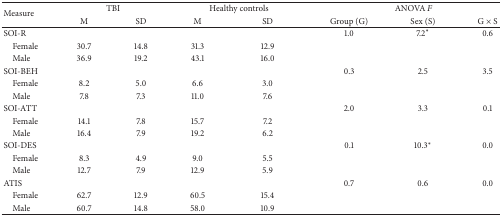
<table><thead><tr><td rowspan="2"><b>Measure</b></td><td colspan="2"><b>TBI</b></td><td colspan="2"><b>Healthy controls</b></td><td colspan="3"><b>ANOVA <i>F</i></b></td></tr><tr><td><b>M</b></td><td><b>SD</b></td><td><b>M</b></td><td><b>SD</b></td><td><b>Group (G)</b></td><td><b>Sex (S)</b></td><td><b>G × S</b></td></tr></thead><tbody><tr><td>SOI-R</td><td> </td><td> </td><td> </td><td> </td><td>1.0</td><td>7.2<sup><i>∗</i></sup></td><td>0.6</td></tr><tr><td> Female</td><td>30.7</td><td>14.8</td><td>31.3</td><td>12.9</td><td> </td><td> </td><td> </td></tr><tr><td> Male</td><td>36.9</td><td>19.2</td><td>43.1</td><td>16.0</td><td> </td><td> </td><td> </td></tr><tr><td>SOI-BEH</td><td> </td><td> </td><td> </td><td> </td><td>0.3</td><td>2.5</td><td>3.5</td></tr><tr><td> Female</td><td>8.2</td><td>5.0</td><td>6.6</td><td>3.0</td><td> </td><td> </td><td> </td></tr><tr><td> Male</td><td>7.8</td><td>7.3</td><td>11.0</td><td>7.6</td><td> </td><td> </td><td> </td></tr><tr><td>SOI-ATT</td><td> </td><td> </td><td> </td><td> </td><td>2.0</td><td>3.3</td><td>0.1</td></tr><tr><td> Female</td><td>14.1</td><td>7.8</td><td>15.7</td><td>7.2</td><td> </td><td> </td><td> </td></tr><tr><td> Male</td><td>16.4</td><td>7.9</td><td>19.2</td><td>6.2</td><td> </td><td> </td><td> </td></tr><tr><td>SOI-DES</td><td> </td><td> </td><td> </td><td> </td><td>0.1</td><td>10.3<sup><i>∗</i></sup></td><td>0.0</td></tr><tr><td> Female</td><td>8.3</td><td>4.9</td><td>9.0</td><td>5.5</td><td> </td><td> </td><td> </td></tr><tr><td> Male</td><td>12.7</td><td>7.9</td><td>12.9</td><td>5.9</td><td> </td><td> </td><td> </td></tr><tr><td>ATIS</td><td> </td><td> </td><td> </td><td> </td><td>0.7</td><td>0.6</td><td>0.0</td></tr><tr><td> Female</td><td>62.7</td><td>12.9</td><td>60.5</td><td>15.4</td><td> </td><td> </td><td> </td></tr><tr><td> Male</td><td>60.7</td><td>14.8</td><td>58.0</td><td>10.9</td><td> </td><td> </td><td> </td></tr></tbody></table>